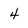
Character: 4